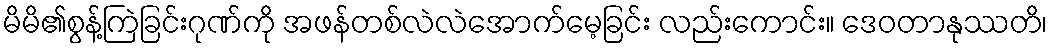
မိမိ၏စွန့်ကြဲခြင်းဂုဏ်ကို အဖန်တစ်လဲလဲအောက်မေ့ခြင်း လည်းကောင်း။ ဒေဝတာနုဿတိ၊